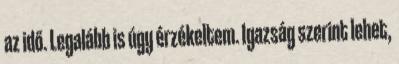
az idő. Legalább is úgy érzékeltem. Igazság szerint lehet,